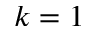
k = 1